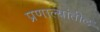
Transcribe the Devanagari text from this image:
प्रणाल्यांतील